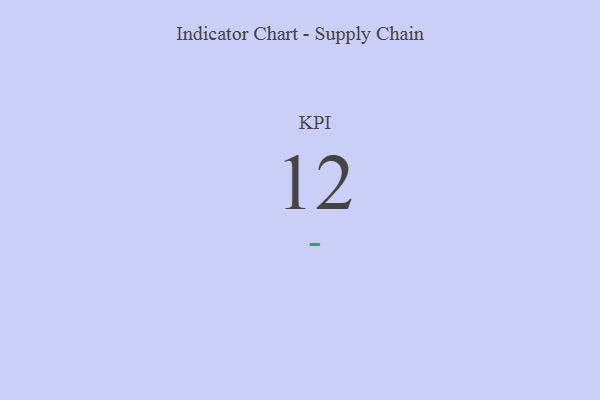
{"axis": {"x": "KPI", "y": "Value"}, "legend": [""], "data": [{"x": "KPI", "y": 12, "type": ""}]}